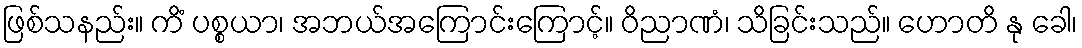
ဖြစ်သနည်း။ ကိံ ပစ္စယာ၊ အဘယ်အကြောင်းကြောင့်။ ဝိညာဏံ၊ သိခြင်းသည်။ ဟောတိ နု ခေါ၊